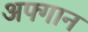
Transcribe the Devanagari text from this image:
अफ्गान